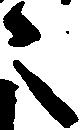
之